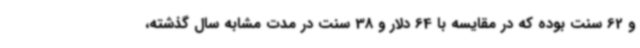
و 62 سنت بوده که در مقایسه با 64 دلار و 38 سنت در مدت مشابه سال گذشته،